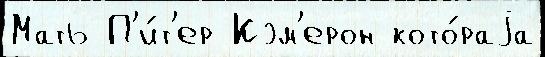
Мать П'и́т'ер Кэм'ерон кото́раjа